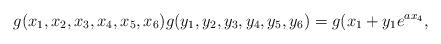
LaTeX: \begin{align*}g(x_1,x_2,x_3,x_4,x_5,x_6)g(y_1,y_2,y_3,y_4,y_5,y_6)=g(x_1+y_1e^{ax_4}, \end{align*}